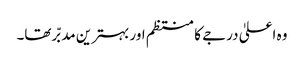
وہ اعلیٰ درجے کا منتظم اور بہترین مدبّر تھا۔